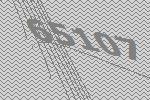
65107